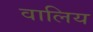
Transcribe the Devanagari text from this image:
वालिय